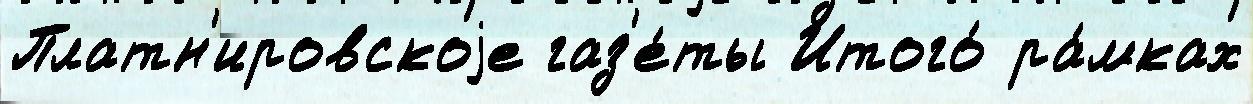
Платн'ировскоjе газ'е́ты Итого́ ра́мках